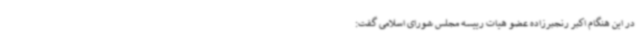
در این هنگام اکبر رنجبرزاده عضو هیات رییسه مجلس شورای اسلامی گفت: